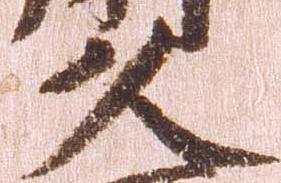
久